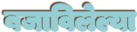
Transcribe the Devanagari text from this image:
बजाविलेल्या